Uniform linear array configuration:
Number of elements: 12
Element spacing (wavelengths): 0.75
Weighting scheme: hamming
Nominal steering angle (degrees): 45
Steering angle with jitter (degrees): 43.905
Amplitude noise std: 0.05
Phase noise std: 0.05

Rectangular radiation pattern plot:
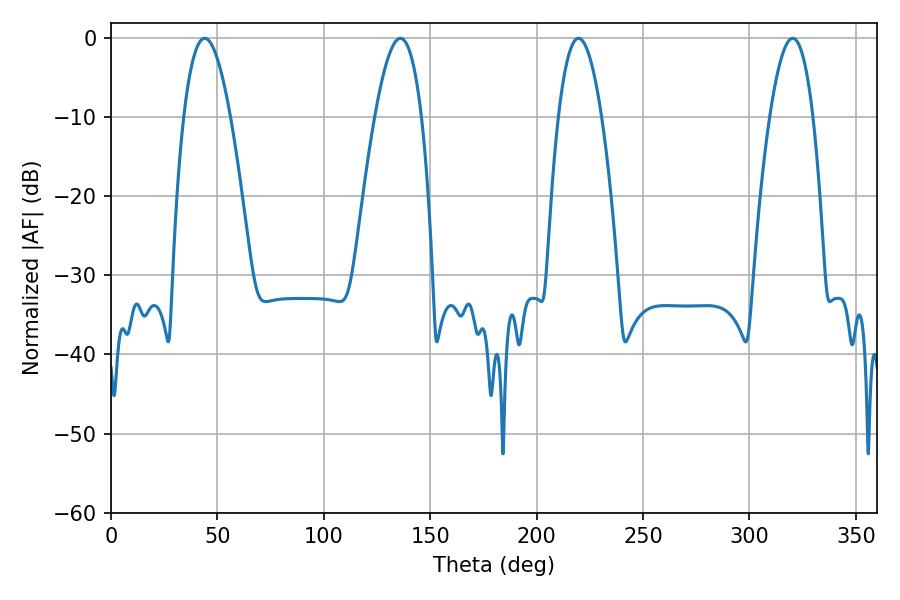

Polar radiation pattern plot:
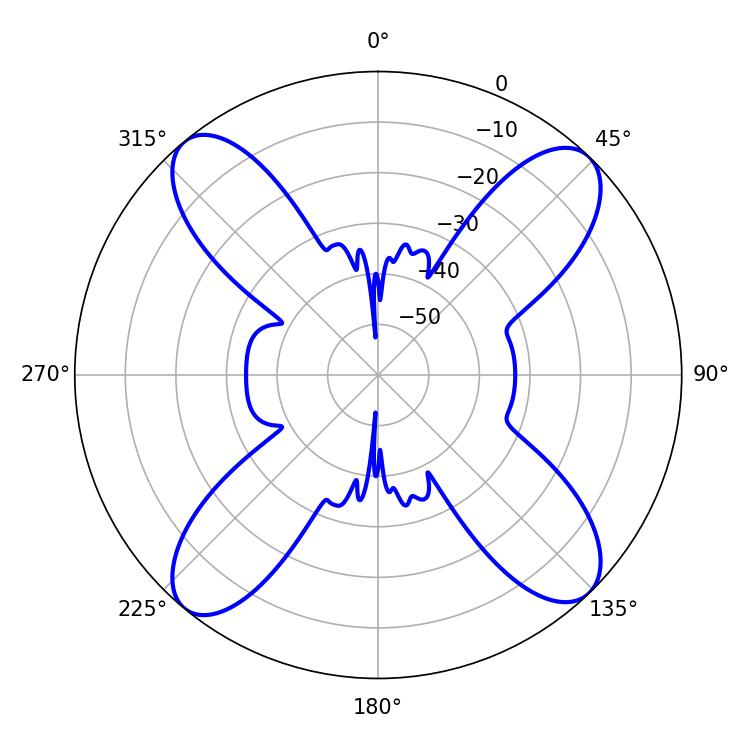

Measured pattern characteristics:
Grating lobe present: TRUE
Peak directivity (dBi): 16.232
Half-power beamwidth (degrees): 11.16
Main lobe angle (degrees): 219.6